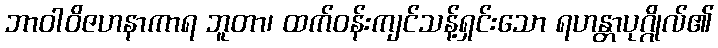
ဘာဝါဝိဇဟနာကာရ ဘူတာ၊ ထက်ဝန်းကျင်သန့်ရှင်းသော ရဟန္တာပုဂ္ဂိုလ်၏